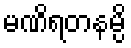
မဏိရတနမ္ပိ